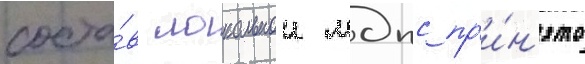
соста́в локальнои мдпс пр'и́н'ято